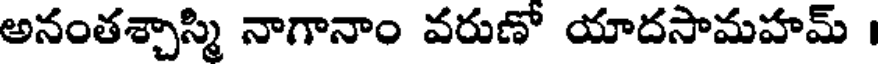
అనంతశ్చాస్మి నాగానాం వరుణో యాదసామహమ్ ।